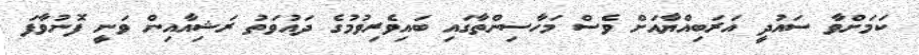
ކަމަށްވާ ސައުދީ އަރަބިއްޔާއަށް ވެސް މަހާސިންތާގައި ބައިވެރިވުމުގެ ދައުވަތު ރަޝިއާއިން ވަނީ ފޮނުވާފަ